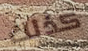
كذلك